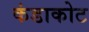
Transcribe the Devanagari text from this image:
कंडाकोट